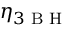
\eta _ { 3 \textrm { B H } }